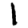
Digit: 1